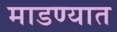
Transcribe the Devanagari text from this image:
माडण्यात